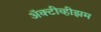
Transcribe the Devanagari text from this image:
ॲक्टीव्हीझम